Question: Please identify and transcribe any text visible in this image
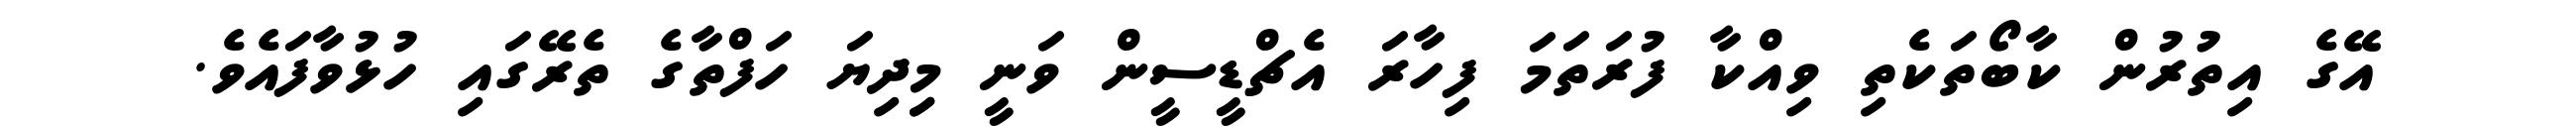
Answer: އޭގެ އިތުރުން ކާބޯތަކެތި ވިއްކާ ފުރަތަމަ ފިހާރަ އެޗްޑީސީން ވަނީ މިިދިޔަ ހަފްތާގެ ތެރޭގައި ހުޅުވާފައެވެ.